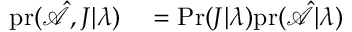
\begin{array} { r l } { \mathrm { p r } ( \hat { \mathcal { A } } , J | \boldsymbol { \lambda } ) } & { { } = \mathrm { P r } ( J | \boldsymbol { \lambda } ) \mathrm { p r } ( \hat { \mathcal { A } } | \boldsymbol { \lambda } ) } \end{array}